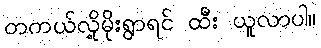
တကယ်လို့မိုးရွာရင် ထီး ယူလာပါ။